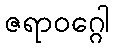
ဇရာဝဂ္ဂေါ